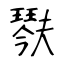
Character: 𤩍